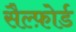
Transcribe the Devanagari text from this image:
सैल्फ़ोर्ड